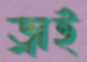
ড্রাই